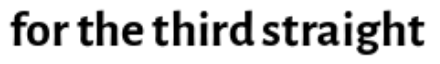
for the third straight